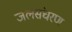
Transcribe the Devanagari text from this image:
जलसंचरण